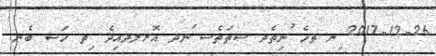
2017-12-26 ިނ ތހެ ުނިތެދ ސތަތެސ ަނދ އޮރލދއިދެ. ިތ ހަސ ބެެނ